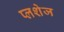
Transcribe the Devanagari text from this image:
प्लशेज